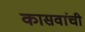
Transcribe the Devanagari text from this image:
कासवांची